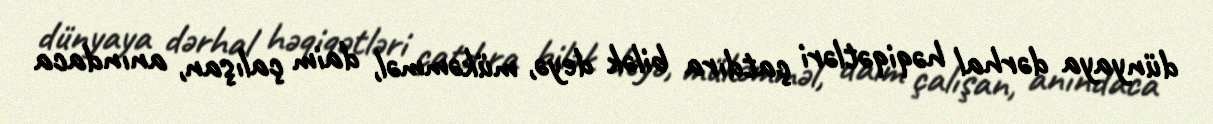
dünyaya dərhal həqiqətləri çatdıra bilək deyə, mükəmməl, daim çalışan, anındaca